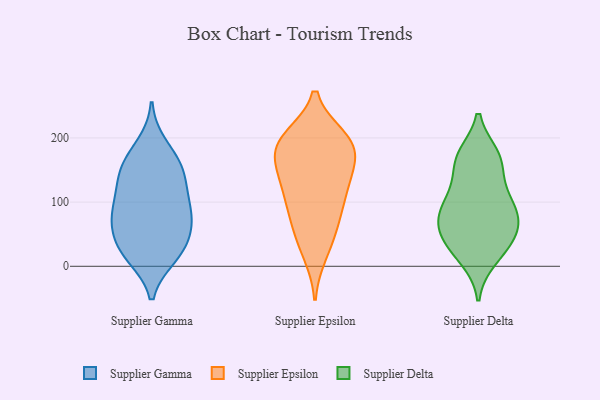
{"axis": {"x": "Population (Million)", "y": "Value"}, "legend": ["Supplier Delta", "Supplier Epsilon", "Supplier Gamma"], "data": [{"x": "", "y": 21, "type": "Supplier Gamma"}, {"x": "", "y": 126, "type": "Supplier Gamma"}, {"x": "", "y": 101, "type": "Supplier Gamma"}, {"x": "", "y": 77, "type": "Supplier Gamma"}, {"x": "", "y": 63, "type": "Supplier Gamma"}, {"x": "", "y": 129, "type": "Supplier Gamma"}, {"x": "", "y": 154, "type": "Supplier Gamma"}, {"x": "", "y": 16, "type": "Supplier Gamma"}, {"x": "", "y": 81, "type": "Supplier Gamma"}, {"x": "", "y": 86, "type": "Supplier Gamma"}, {"x": "", "y": 59, "type": "Supplier Gamma"}, {"x": "", "y": 23, "type": "Supplier Gamma"}, {"x": "", "y": 157, "type": "Supplier Gamma"}, {"x": "", "y": 188, "type": "Supplier Gamma"}, {"x": "", "y": 30, "type": "Supplier Gamma"}, {"x": "", "y": 159, "type": "Supplier Gamma"}, {"x": "", "y": 112, "type": "Supplier Epsilon"}, {"x": "", "y": 190, "type": "Supplier Epsilon"}, {"x": "", "y": 189, "type": "Supplier Epsilon"}, {"x": "", "y": 200, "type": "Supplier Epsilon"}, {"x": "", "y": 172, "type": "Supplier Epsilon"}, {"x": "", "y": 195, "type": "Supplier Epsilon"}, {"x": "", "y": 123, "type": "Supplier Epsilon"}, {"x": "", "y": 141, "type": "Supplier Epsilon"}, {"x": "", "y": 98, "type": "Supplier Epsilon"}, {"x": "", "y": 167, "type": "Supplier Epsilon"}, {"x": "", "y": 20, "type": "Supplier Epsilon"}, {"x": "", "y": 39, "type": "Supplier Epsilon"}, {"x": "", "y": 198, "type": "Supplier Epsilon"}, {"x": "", "y": 71, "type": "Supplier Epsilon"}, {"x": "", "y": 71, "type": "Supplier Epsilon"}, {"x": "", "y": 141, "type": "Supplier Epsilon"}, {"x": "", "y": 34, "type": "Supplier Delta"}, {"x": "", "y": 58, "type": "Supplier Delta"}, {"x": "", "y": 169, "type": "Supplier Delta"}, {"x": "", "y": 157, "type": "Supplier Delta"}, {"x": "", "y": 87, "type": "Supplier Delta"}, {"x": "", "y": 51, "type": "Supplier Delta"}, {"x": "", "y": 22, "type": "Supplier Delta"}, {"x": "", "y": 169, "type": "Supplier Delta"}, {"x": "", "y": 88, "type": "Supplier Delta"}, {"x": "", "y": 112, "type": "Supplier Delta"}, {"x": "", "y": 172, "type": "Supplier Delta"}, {"x": "", "y": 85, "type": "Supplier Delta"}, {"x": "", "y": 51, "type": "Supplier Delta"}, {"x": "", "y": 115, "type": "Supplier Delta"}, {"x": "", "y": 73, "type": "Supplier Delta"}, {"x": "", "y": 12, "type": "Supplier Delta"}]}